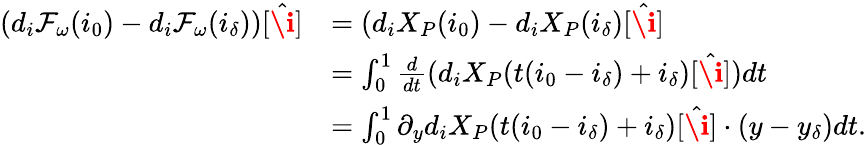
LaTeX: \begin{array}{rl}{(d_{i}\mathcal{F}_{\omega}(i_{0})-d_{i}\mathcal{F}_{\omega}(i_{\delta}))[\hat{\textbf{\i}}]}&{=(d_{i}X_{P}(i_{0})-d_{i}X_{P}(i_{\delta})[\hat{\textbf{\i}}]}\\ &{=\int_{0}^{1}\frac{d}{dt}(d_{i}X_{P}(t(i_{0}-i_{\delta})+i_{\delta})[\hat{\textbf{\i}}])dt}\\ &{=\int_{0}^{1}\partial_{y}d_{i}X_{P}(t(i_{0}-i_{\delta})+i_{\delta})[\hat{\textbf{\i}}]\cdot(y-y_{\delta})dt.}\end{array}